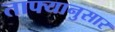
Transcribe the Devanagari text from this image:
ताफ्यानुसार